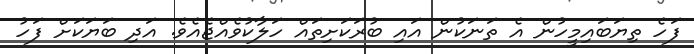
ފަހެ ތިޔަބައިމީހުން އެ ތަނަކުން އައި ބުރަކަށިތައް ހަލާކުވެއްޖެއެވެ. އަދި ބަޔަކަށް ފަހު